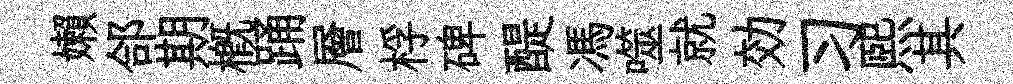
嬾郃期槪踊層桴碑醍馮噬就効习熙其